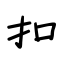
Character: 扣